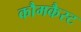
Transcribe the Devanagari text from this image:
कौमकैस्ट